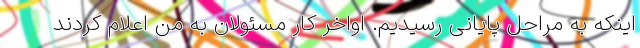
اینکه به مراحل پایانی رسیدیم. اواخر کار مسئولان به من اعلام کردند